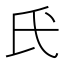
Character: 𫞕